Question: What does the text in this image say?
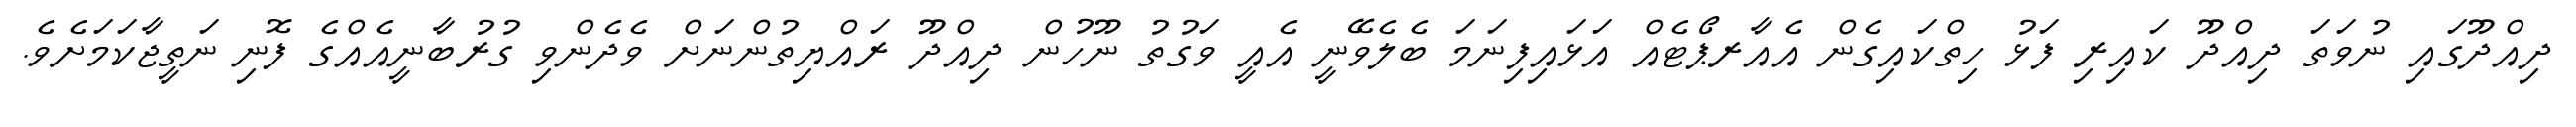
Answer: ދިއްދޫގައި ނުވަތަ ދިއްދޫ ކައިރި ފަޅު ހިތްކައިގެން އެއާރޕޯޓެއް އަޅައިފިނަމަ ބެލެވޭނީ އެއީ ވަގުތު ނޫހުން ދިއްދޫ ރައްޔިތުންނަށް ވެދެންވި ގުރުބާނީއެއްގެ ފޮނި ނަތީޖާކަމަށެވެ.